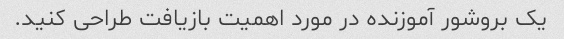
یک بروشور آموزنده در مورد اهمیت بازیافت طراحی کنید.